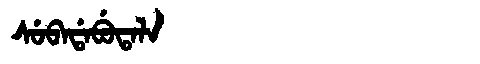
Manchu: ᠰᡠᠪᠠᡩᠠᠪᡠᡨᠠᠯᠠ
Romanization: SUBADABUTALA